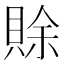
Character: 賖